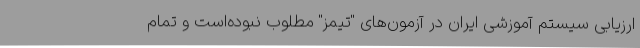
ارزیابی سیستم آموزشی ایران در آزمون‌های "تیمز" مطلوب نبوده‌است و تمام